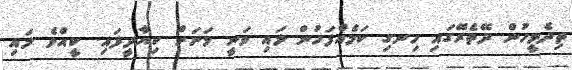
ތިދެމީހުން ދޭތެރޭގައި ހިނގި ކަމެއްފަހުން ލައި ވަނީ މަށަށް ކިޔާދީފައި. ކީއްވެ ލައި